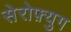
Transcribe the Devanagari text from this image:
सेरोफ़्युग